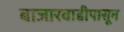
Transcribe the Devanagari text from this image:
बाजारवाडीपासून